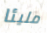
مليئا